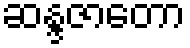
ဆန္ဒဇာတော